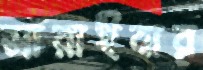
সারাইবার